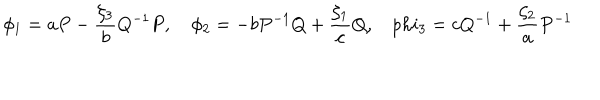
\phi _ { 1 } = a P - \frac { \zeta _ { 3 } } { b } Q ^ { - 1 } P , \phi _ { 2 } = - b P ^ { - 1 } Q + \frac { \zeta _ { 1 } } { c } Q , \ \ \ \, p h i _ { 3 } = c Q ^ { - 1 } + \frac { \zeta _ { 2 } } { a } P ^ { - 1 }